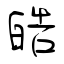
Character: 皓